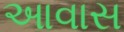
આવાસ